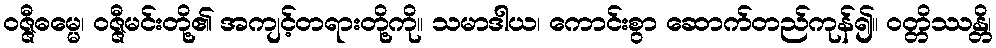
ဝဇ္ဇီဓမ္မေ၊ ဝဇ္ဇီမင်းတို့၏ အကျင့်တရားတို့ကို။ သမာဒါယ၊ ကောင်းစွာ ဆောက်တည်ကုန်၍။ ဝတ္တိဿန္တိ၊